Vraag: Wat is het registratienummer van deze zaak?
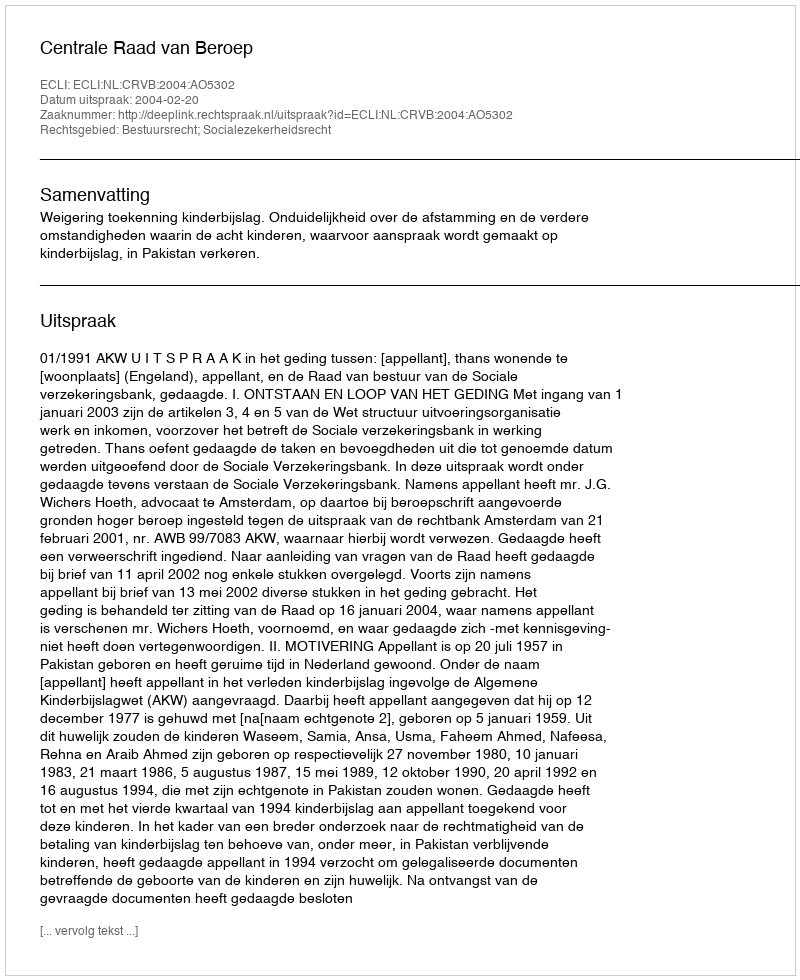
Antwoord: http://deeplink.rechtspraak.nl/uitspraak?id=ECLI:NL:CRVB:2004:AO5302